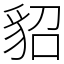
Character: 貂